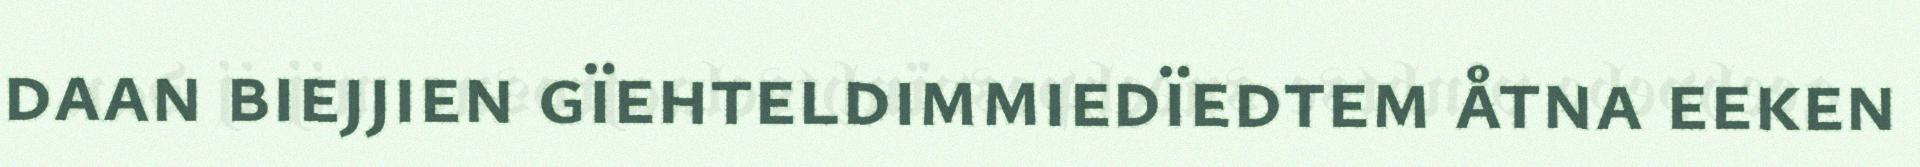
daan biejjien gïehteldimmiedïedtem åtna eeken